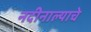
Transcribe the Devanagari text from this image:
नदीनाल्याचे